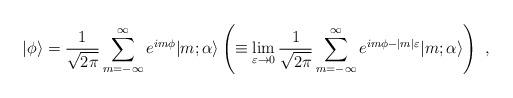
LaTeX: \begin{align*}\vert\phi\rangle={1\over\sqrt{2\pi}}\sum^\infty_{m=-\infty}e^{im\phi}\vert m;\alpha\rangle\left(\equiv\lim_{\varepsilon\to0}{1\over\sqrt{2\pi}}\sum^\infty_{m=-\infty}e^{im\phi-\vert m\vert\varepsilon}\vert m;\alpha\rangle\right)\ ,\end{align*}